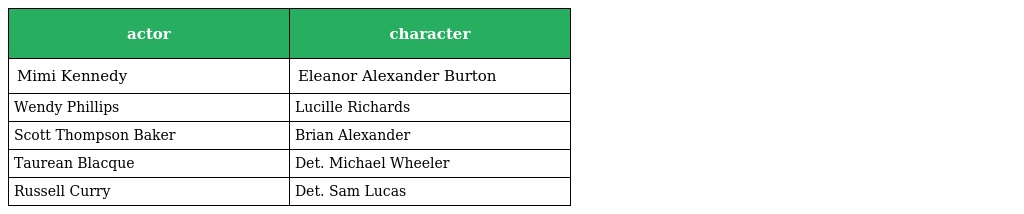
| actor | character |
 | --- | --- |
 | Mimi Kennedy | Eleanor Alexander Burton |
 | Wendy Phillips | Lucille Richards |
 | Scott Thompson Baker | Brian Alexander |
 | Taurean Blacque | Det. Michael Wheeler |
 | Russell Curry | Det. Sam Lucas |